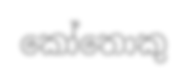
කෝතොකු